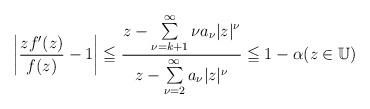
LaTeX: \begin{align*}\left| \dfrac{z f^{\prime }(z)}{f(z)} - 1 \right|\leqq \frac{ z- \sum\limits_{\nu=k+1}^{\infty} \nu a_{\nu} |z|^{\nu}}{z-\sum\limits_{\nu=2}^{\infty} a_{\nu} |z|^{\nu}} \leqq 1- \alpha(z\in \mathbb{U})\end{align*}